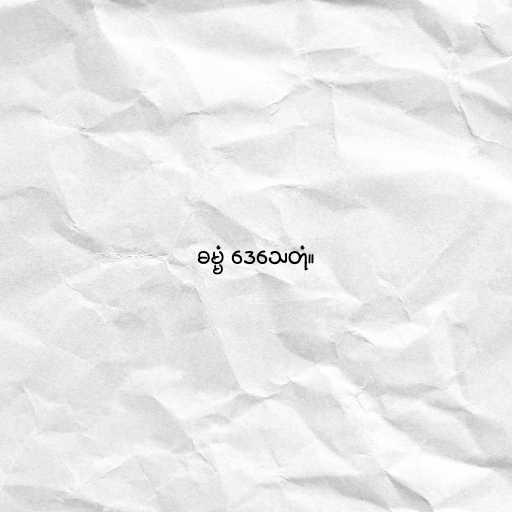
ဓမ္မံ ဒေသေတုံ။